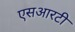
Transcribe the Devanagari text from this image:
एसआरटी